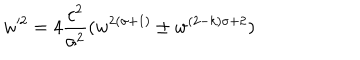
w ^ { 2 } = 4 { \frac { c ^ { 2 } } { \sigma ^ { 2 } } } ( w ^ { 2 ( \sigma + 1 ) } \pm w ^ { ( 2 - k ) \sigma + 2 } )